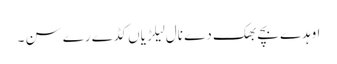
اوہدے بچے بھک دے نال لیلڑیاں کڈے رے سن ۔